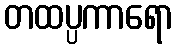
တထပ္ပကာရော